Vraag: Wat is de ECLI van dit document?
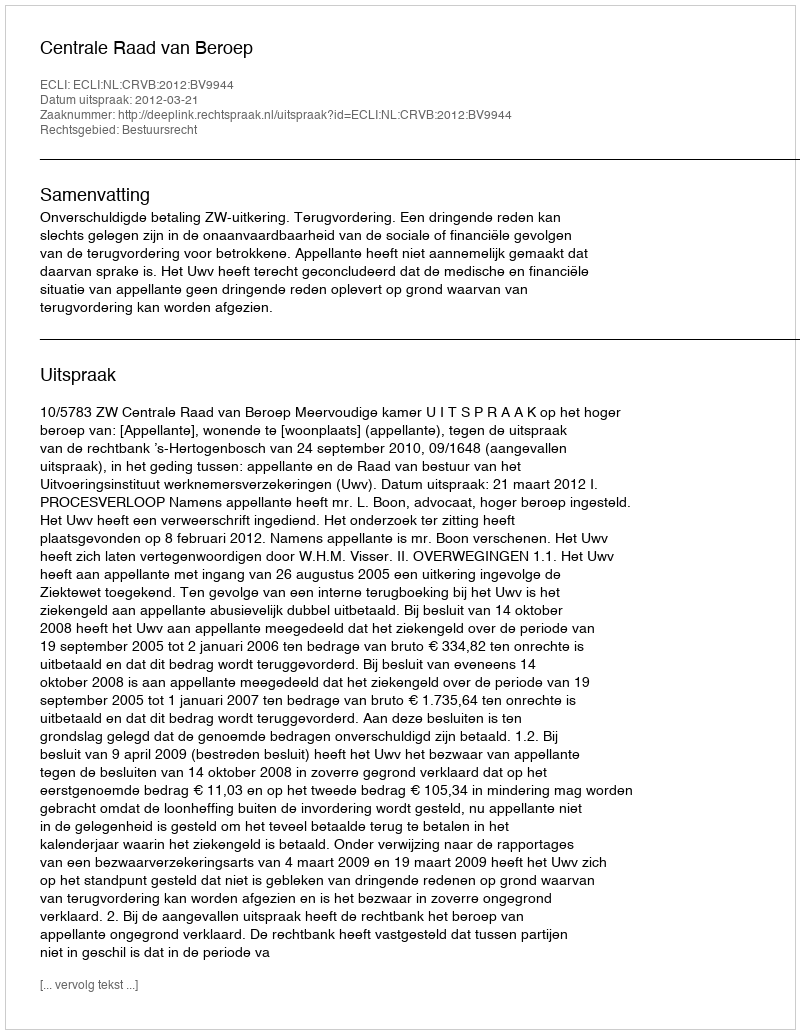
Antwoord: ECLI:NL:CRVB:2012:BV9944